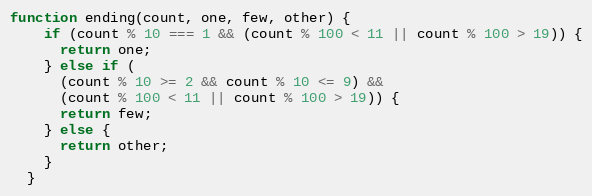
Language: JavaScript
function ending(count, one, few, other) {
    if (count % 10 === 1 && (count % 100 < 11 || count % 100 > 19)) {
      return one;
    } else if (
      (count % 10 >= 2 && count % 10 <= 9) &&
      (count % 100 < 11 || count % 100 > 19)) {
      return few;
    } else {
      return other;
    }
  }